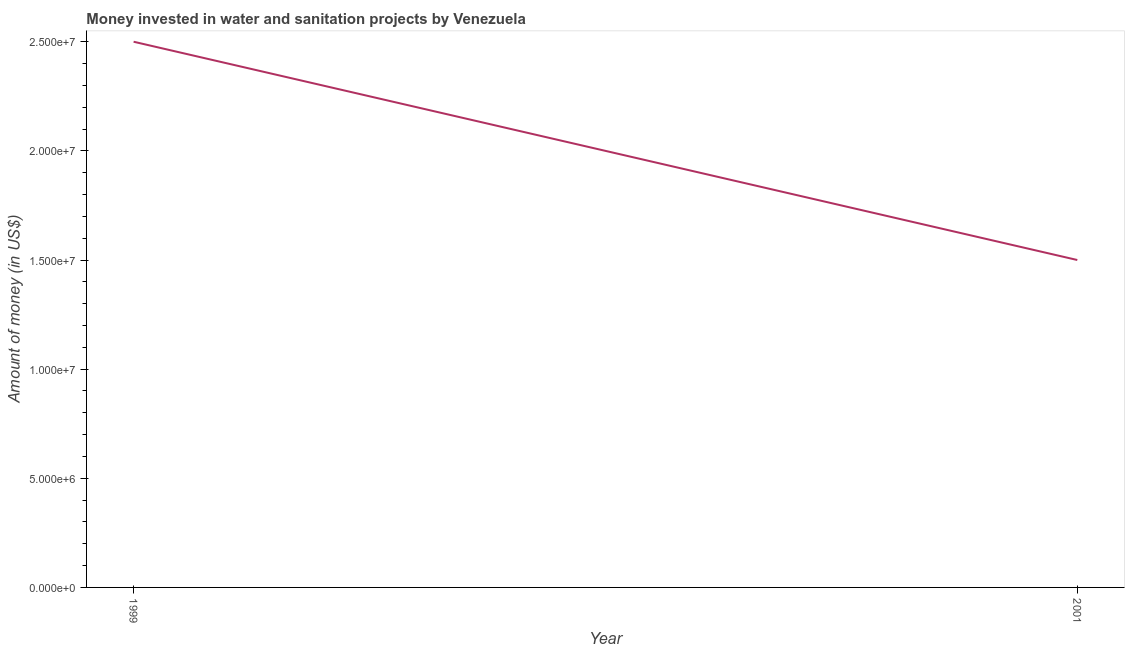
| Year | Investment |
 | --- | --- |
 | 1999 | 2.5e+07 |
 | 2001 | 1.5e+07 |